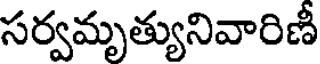
సర్వమృత్యునివారిణీ